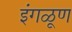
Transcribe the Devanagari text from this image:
इंगळूण